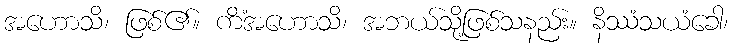
အဟောသိ၊ ဖြစ်၏။ ကိံအဟောသိ၊ အဘယ်သို့ဖြစ်သနည်း။ နိဿံသယံခေါ၊